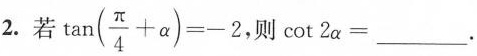
2.若$$\tan(\frac{\pi}{4}+ \alpha)=-2$$ ，则$$\cot 2\alpha =___$$。